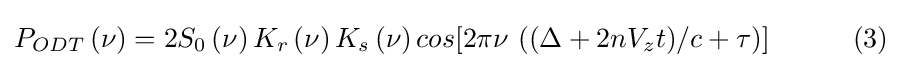
P_{ODT}\left(\nu \right)=2S_{0}\left(\nu \right)K_{r}\left(\nu \right)K_{s}\left(\nu \right)cos[2\pi \nu \ ((\Delta +2nV_{z}t)/c+\tau )]\qquad \quad (3)